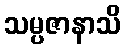
သမ္ပဇာနာသိ